Bréfritari: Sigríður Pálsdóttir
Viðtakandi: Páll Pálsson
Dagsetning: A-1856-06-29
Skrifað á: Hraungerði  Árn.
Páll var bróðir Sigríðar

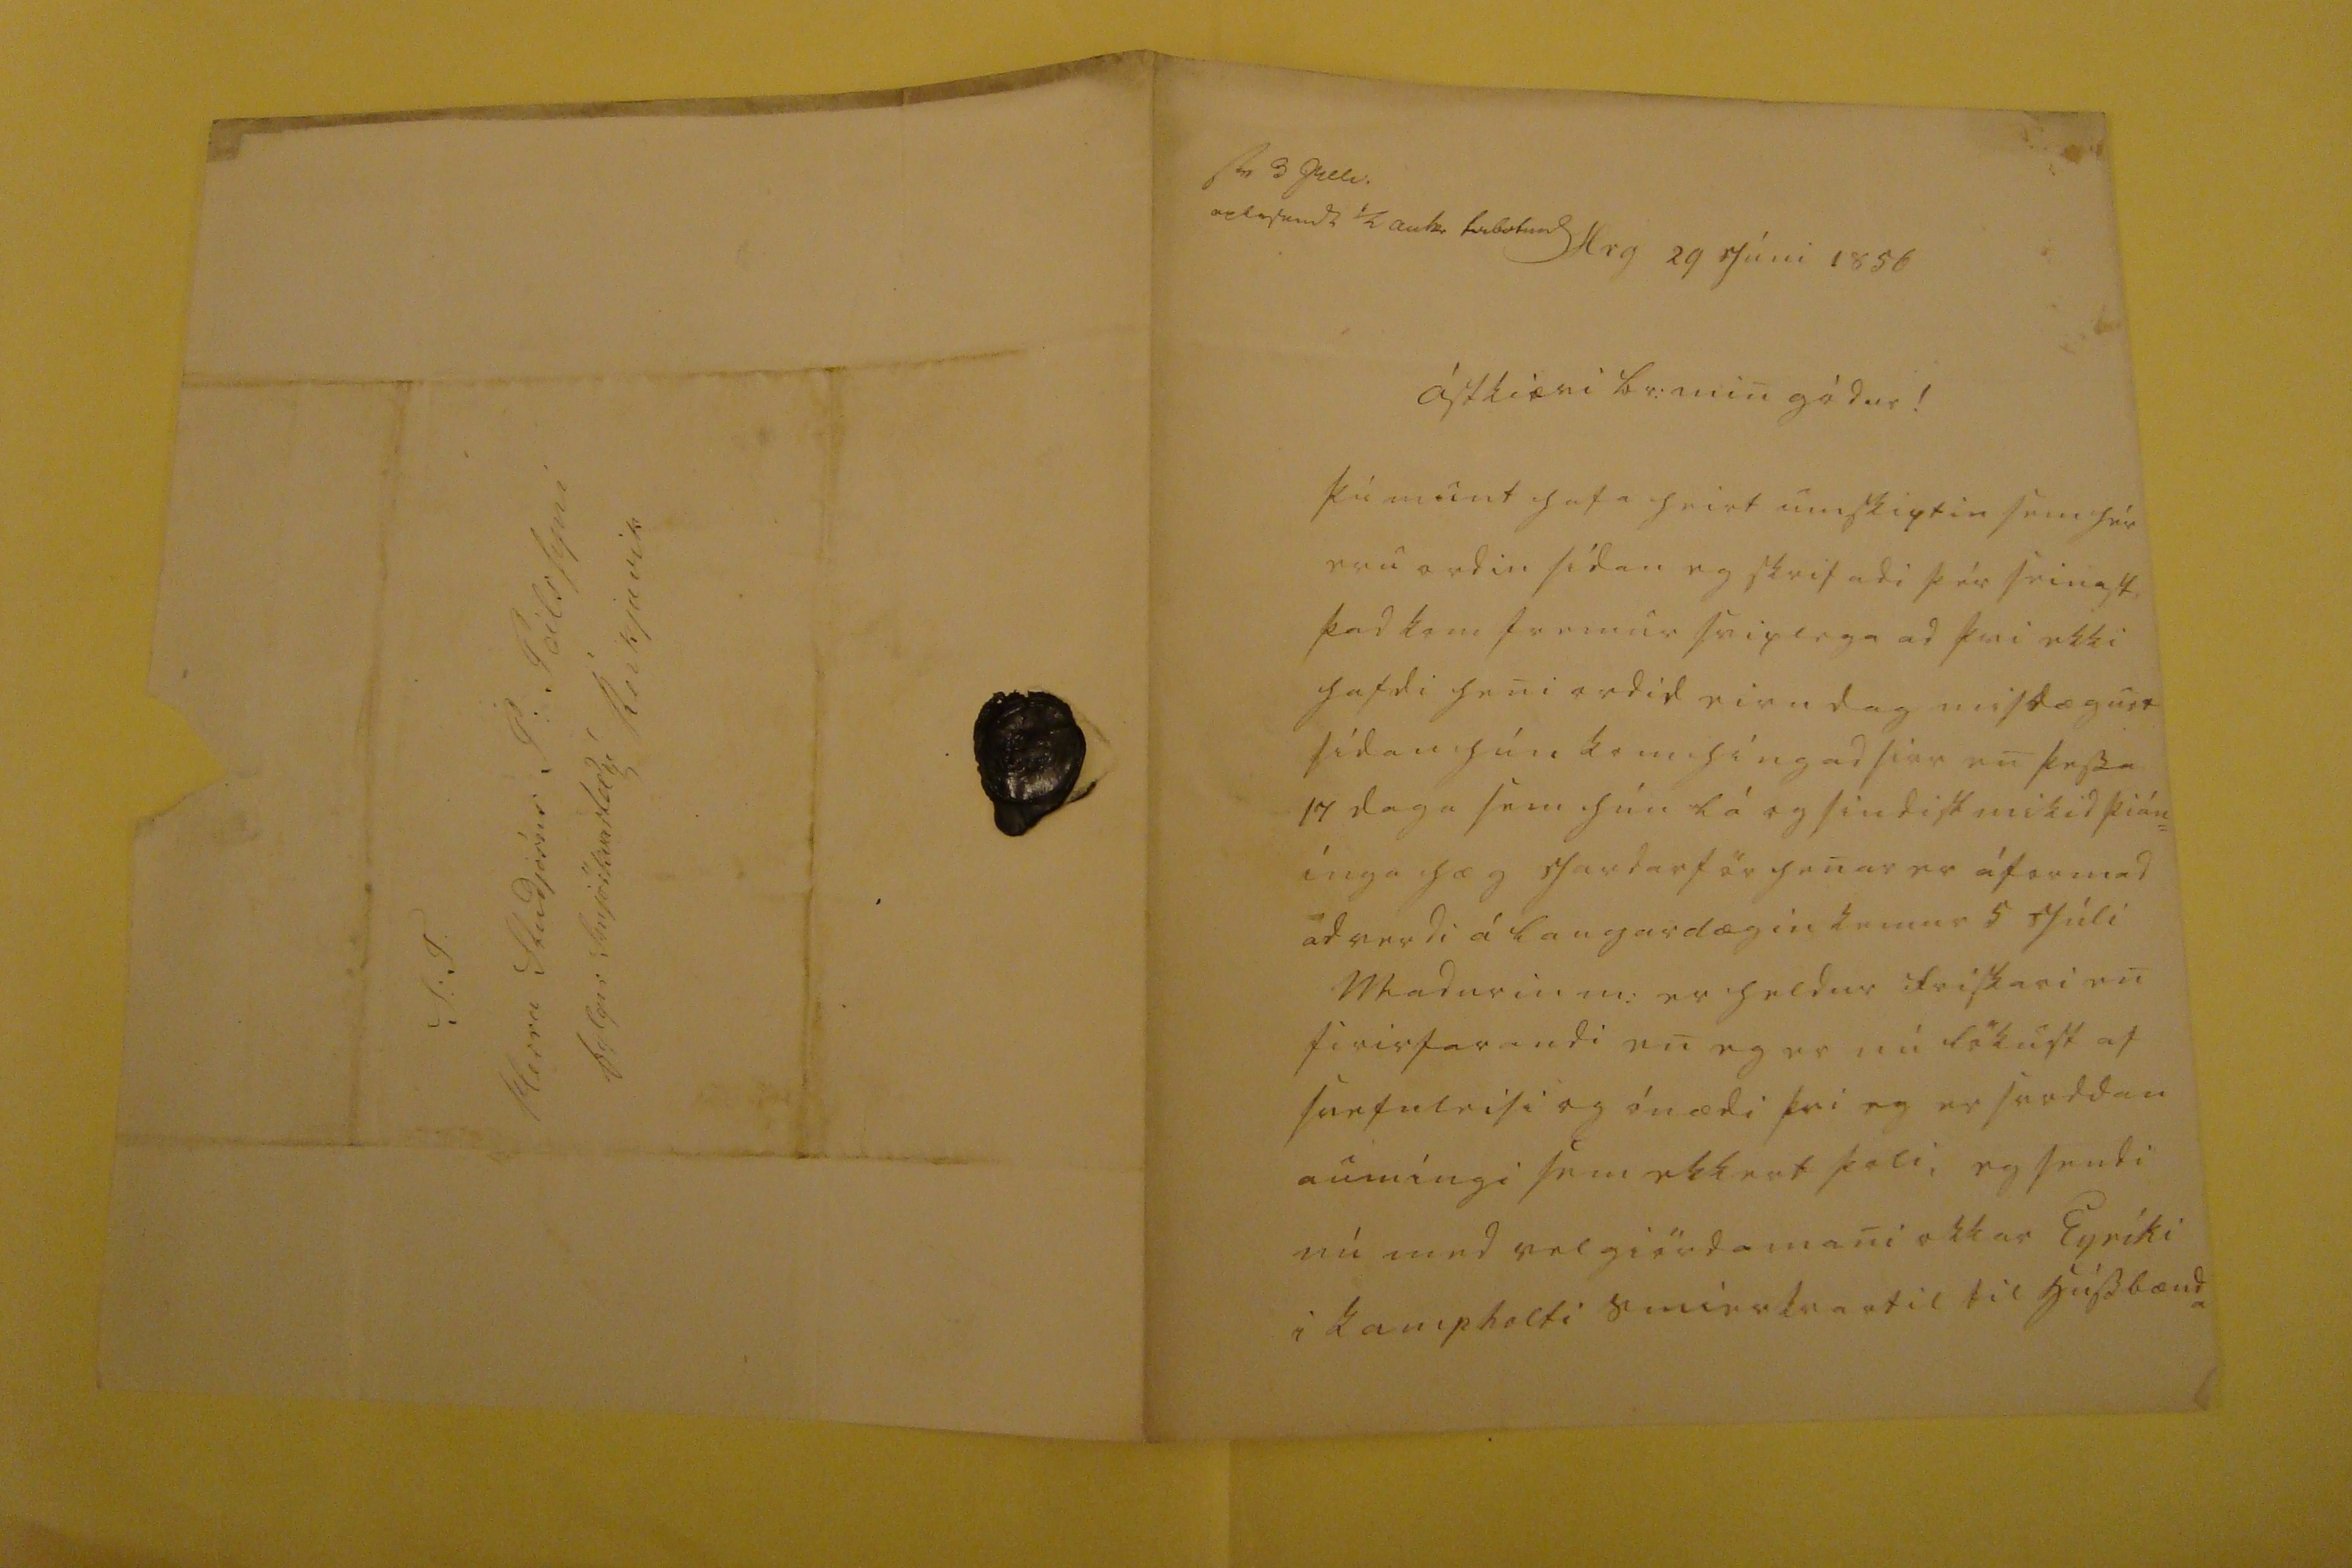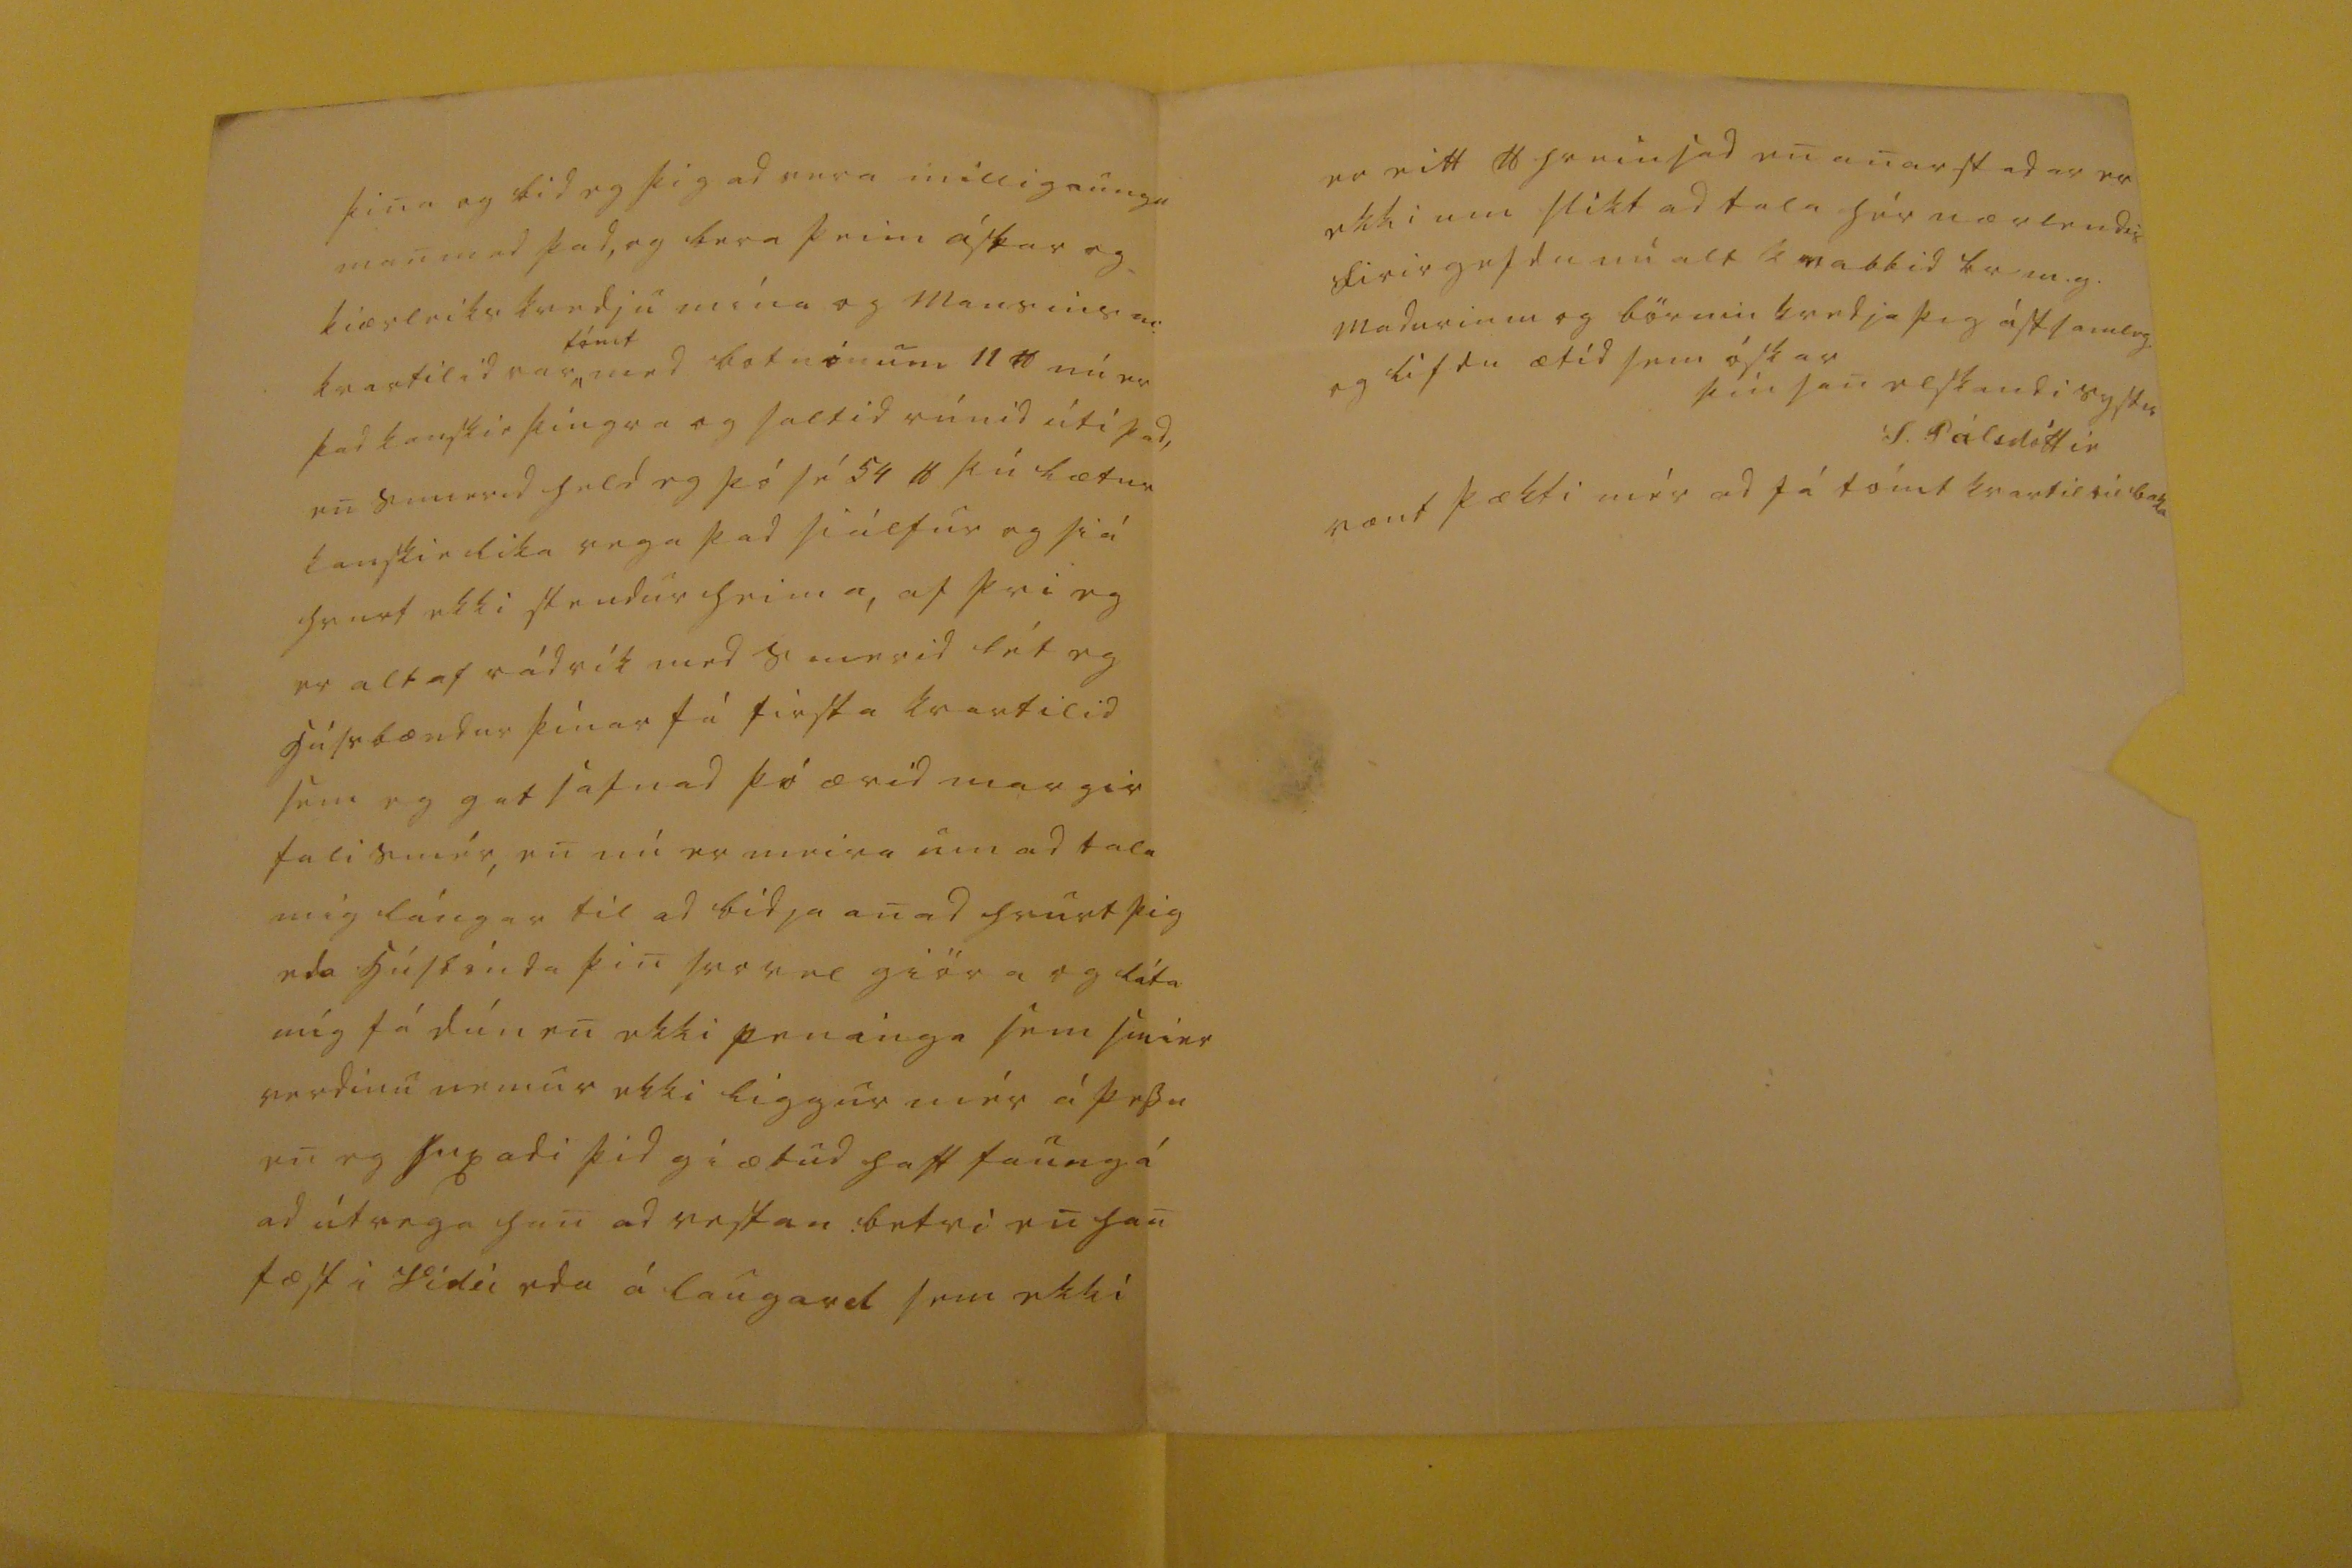

sv 3 Juli: 0000nd0 1/2 au00 000000
Hr g 29 Juni 1856
Ástkiæri br: min gódur !
þú munt hafa heirt umskiptin sem hér eru ordin sídan eg skrifadi þér seinast þad kom fremur sviplega ad þvi ekki hafdi heni ordid eirn dag misdægur sídan hún kom hingad sier en þessa 14 daga sem hún lá og sindist mikid þián= inga hæg jardarför henar er áformad ad verdi á Laugardægin kemur 5 Júli Madurin m: er heldur friskari en firirfarandi en eg er nú
lökust af svefnleisi
og ónædi þvi eg er svoddan aumingi sem ekkert þoli, eg sendi nú med velgiördamani okkar Eyríki i Kaupholti smierkvartil til hússbænda
þina og bid eg þig ad vera milligaungu man med þad, og bera þeim ástar og kiærleiks kvedju mína og mansins m: kvartilid var,
tómt
med botninum 11
10
nú er þad kanskie þingra og og saltid rúnid úti þad, en smierid held eg þó sé 54
16
þú lætur kanskie lika vega þad siálfur og siá hvurt ekki stendur heima, af þvi eg er altaf rádrík med smerid lét eg hússbændur þínar fá firsta kvartilid sem eg gat safnad þó ærid margir fali smér, en nú er meira um ad tala mig lángar til ad bidja anad hvurt þig eda húsbónda þin svo vel giöra og láta mig fá dúnen ekki peninga sem smier verdinu nemur ekki liggur mér á þessu en eg huxadi þid giætud haft
faung
á ad útvega han ad vestan betri en han fæst i
Vidi
eda á Laugard sem ekki
er eitt
16
hreinsad en anarstadar er ekki um slikt ad tala hér nærlendis firirgefdu nú alt kvabbid br m.g. Madurinn og börnin kvedja þig ástsamleg og lifdu ætid sem óskar
þin sanelskandi systir
S. Pálsdóttir
vænt þækti mér ad fá tómt kvartil til baka
S: T: Herra Stúdjósus P: Pálssyni Reikjavik fylgir Smjörkvartil